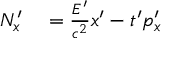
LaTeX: \begin{array} { r l } { N _ { x } ^ { \prime } } & { { } = { \frac { E ^ { \prime } } { c ^ { 2 } } } x ^ { \prime } - t ^ { \prime } p _ { x } ^ { \prime } } \end{array}